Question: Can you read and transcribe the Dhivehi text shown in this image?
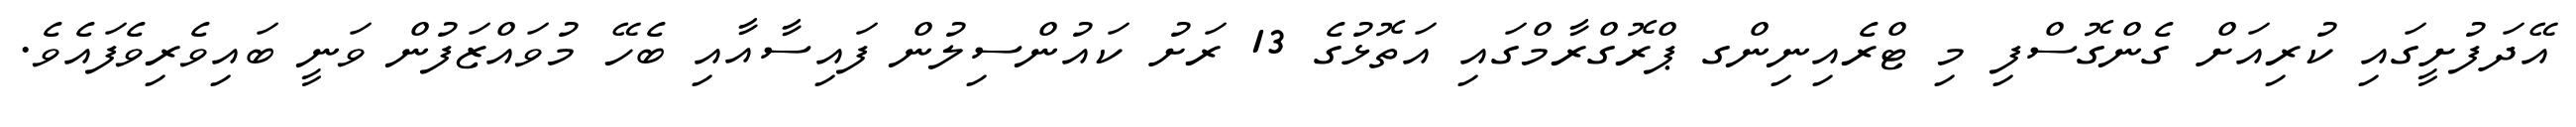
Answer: އޭދަފުށީގައި ކުރިއަށް ގެންގޮސްފި މި ޓްރެއިނިންގ ޕްރޮގްރާމްގައި އަތޮޅުގެ 13 ރަށު ކައުންސިލުން ފައިސާއާއި ބެހޭ މުވައްޒަފުން ވަނީ ބައިވެރިވެފައެވެ.